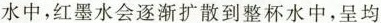
水中，红墨水会逐渐扩散到整杯水中，呈均